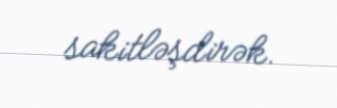
sakitləşdirək.